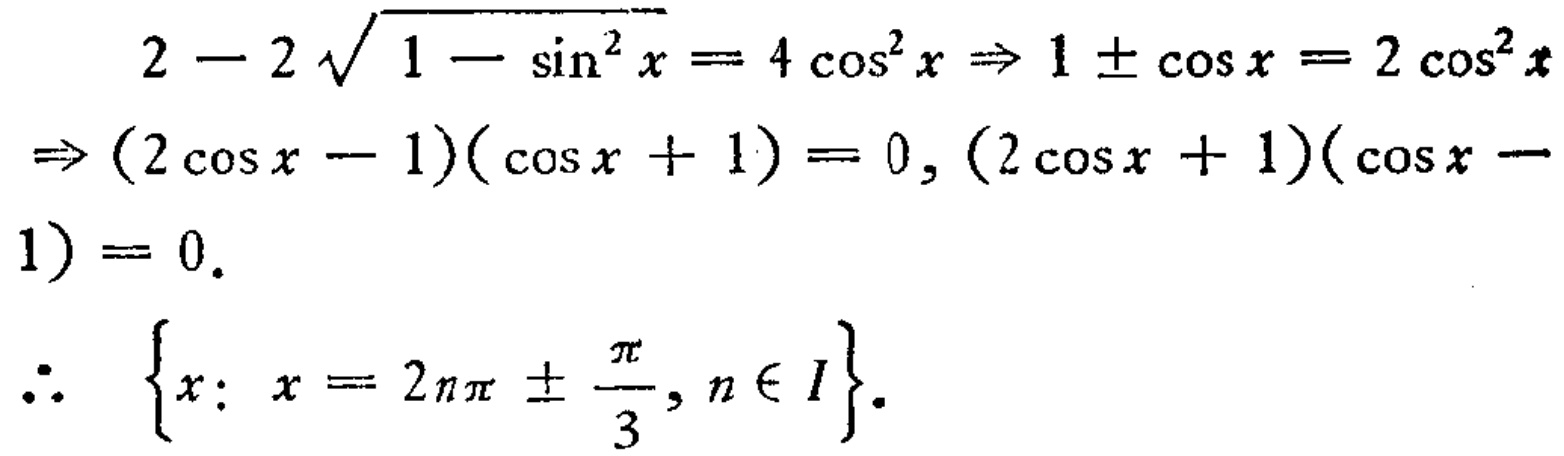
\[
\begin{align*}
2 - 2\sqrt{1 - \sin^{2}x}&= 4\cos^{2}x \Rightarrow 1 \pm \cos x = 2\cos^{2}x\\
\Rightarrow (2\cos x - 1)(\cos x + 1)&= 0, (2\cos x + 1)(\cos x - 1)= 0.\\
\therefore \quad \{x:\ x&= 2n\pi \pm \frac{\pi}{3}, n \in I\}.
\end{align*}
\]